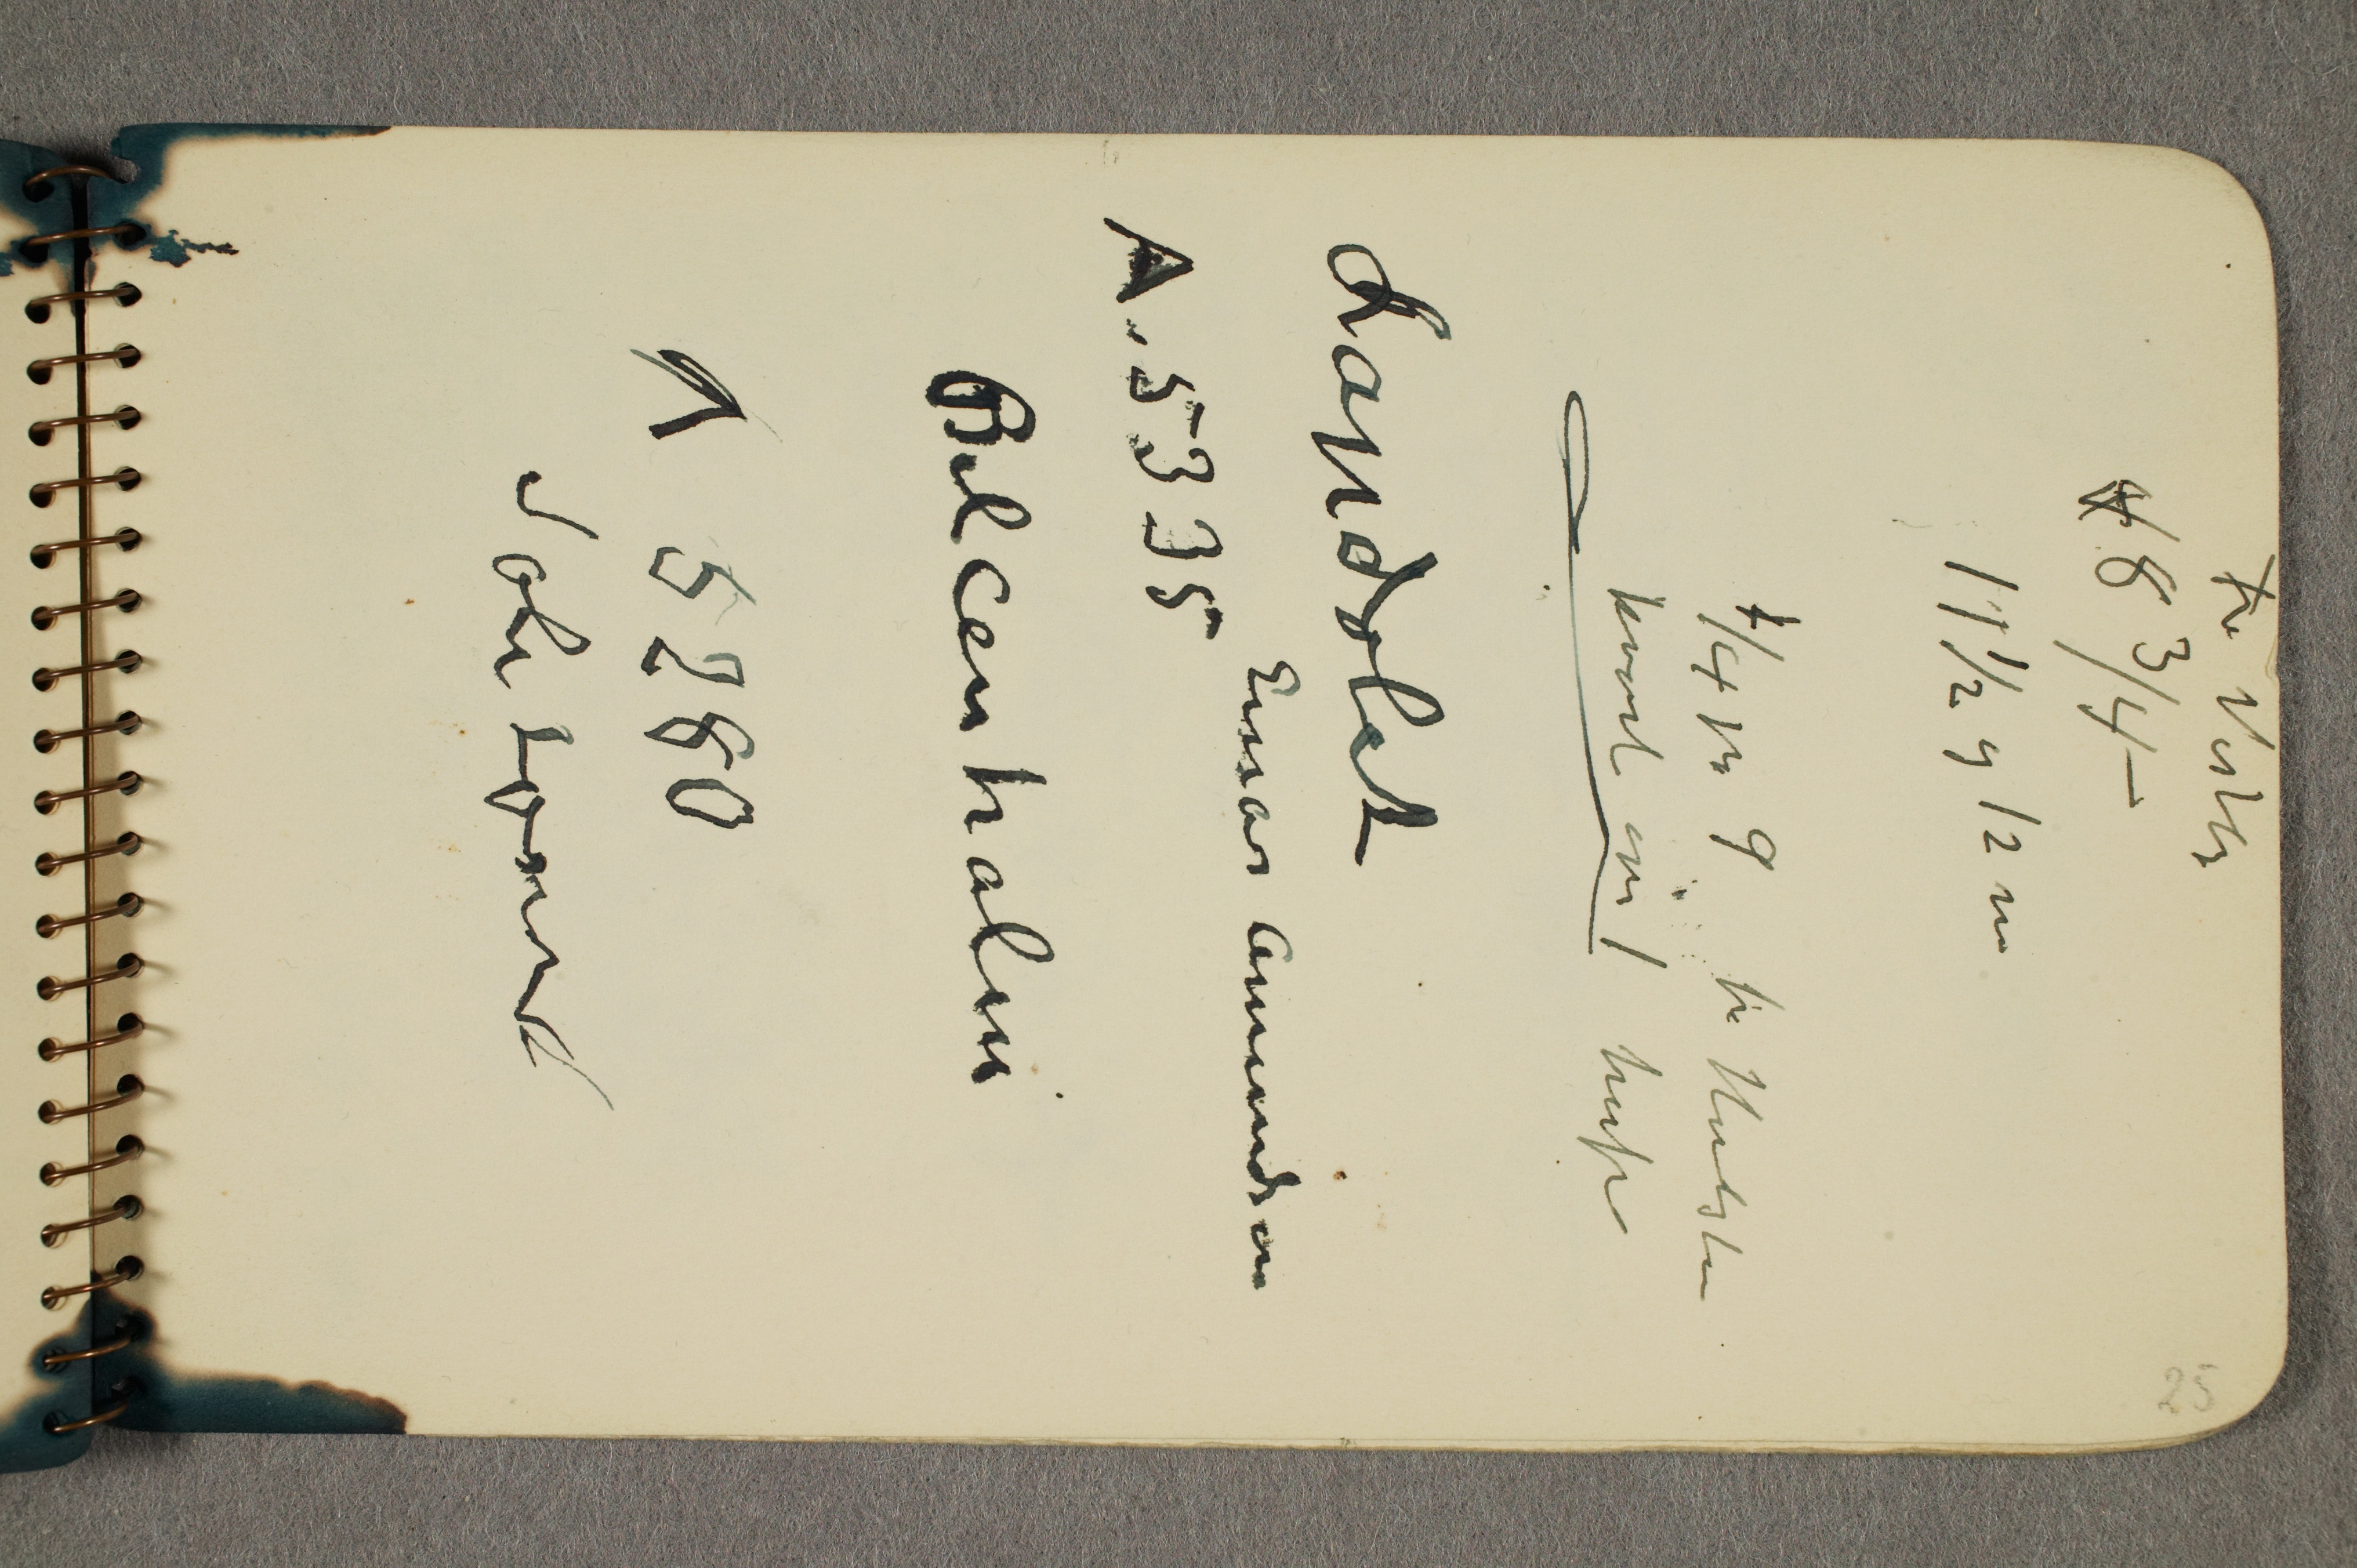
Fr Vistte
63
11/912m

kvort om herfra

Lapdolet
hinår Annendson
N.5335
Belcenhalen
 58
Sole to